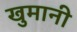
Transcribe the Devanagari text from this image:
खुमानी